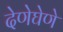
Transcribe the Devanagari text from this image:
देणेघेणे